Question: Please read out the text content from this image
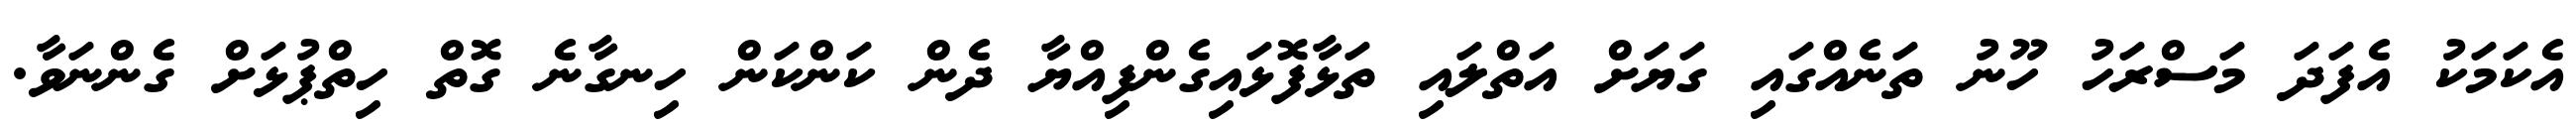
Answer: އެކަމަކު އެފަދަ މަސްރަހު ހޫނު ތަނެއްގައި ގަޔަށް އަތްލައި ތަޅާފޮޅައިގެންފިއްޔާ ދެން ކަންކަން ހިނގާނެ ގޮތް ހިތްޕުޅަށް ގެންނަވާ.